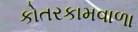
કોતરકામવાળા